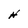
Character: H